Plague in India, 1896, 1897 - Volume 1
Year: 1896
Disease focus: Plague
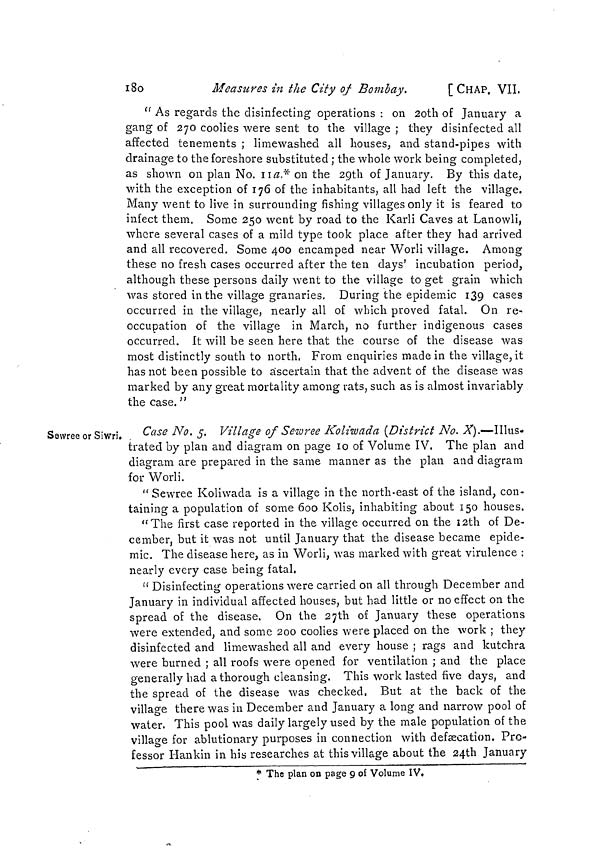
180
Measures in the City of Bombay.
[CHAP. VII.
" As regards the disinfecting operations : on 2oth of January a
gang of 270 coolies were sent to the village ; they disinfected all
affected tenements ; limewashed all houses, and stand-pipes with
drainage to the foreshore substituted ; the whole work being completed,
as shown on plan No. 11a* on the 29th of January. By this date,
with the exception of 176 of the inhabitants, all had left the village.
Many went to live in surrounding fishing villages only it is feared to
infect them. Some 250 went by road to the Karli Caves at Lanowli,
where several cases of a mild type took place after they had arrived
and all recovered. Some 400 encamped near Worli village. Among
these no fresh cases occurred after the ten days' incubation period,
although these persons daily went to the village to get grain which
was stored in the village granaries. During the epidemic 139 cases
occurred in the village, nearly all of which proved fatal. On re-
occupation of the village in March, no further indigenous cases
occurred. It will be seen here that the course of the disease was
most distinctly south to north, From enquiries made in the village, it
has not been possible to ascertain that the advent of the disease was
marked by any great mortality among rats, such as is almost invariably
the case. "
Sewree or Siwri.
Case No. 5. Village of Sewree Koliwada (District No. X).—Illus-
trated by plan and diagram on page 10 of Volume IV. The plan and
diagram are prepared in the same manner as the plan and diagram
for Worli.
" Sewree Koliwada is a village in the north-east of the island, con-
taining a population of some 600 Kolis, inhabiting about 150 houses.
"The first case reported in the village occurred on the 12th of De-
cember, but it was not until January that the disease became epide-
mic. The disease here, as in Worli, was marked with great virulence :
nearly every case being fatal.
" Disinfecting operations were carried on all through December and
January in individual affected houses, but had little or no effect on the
spread of the disease. On the 27th of January these operations
were extended, and some 200 coolies were placed on the work ; they
disinfected and limewashed all and every house ; rags and kutchra
were burned ; all roofs were opened for ventilation ; and the place
generally had a thorough cleansing. This work lasted five days, and
the spread of the disease was checked, But at the back of the
village there was in December and January a long and narrow pool of
water. This pool was daily largely used by the male population of the
village for ablutionary purposes in connection with defæcation. Pro-
fessor Hankin in his researches at this village about the 24th January
* The plan on page 9 of Volume IV.